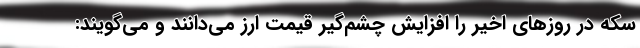
سکه در روزهای اخیر را افزایش چشم‌گیر قیمت ارز می‌دانند و می‌گویند: